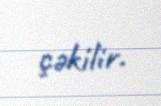
çəkilir.